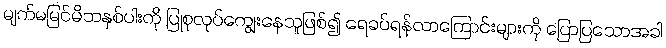
မျက်မမြင်မိဘနှစ်ပါးကို ပြုစုလုပ်ကျွေးနေသူဖြစ်၍ ရေခပ်ရန်လာကြောင်းများကို ပြောပြသောအခါ